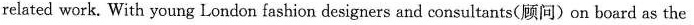
related work. With young London fashion designers and consultants(顾问)on board as the